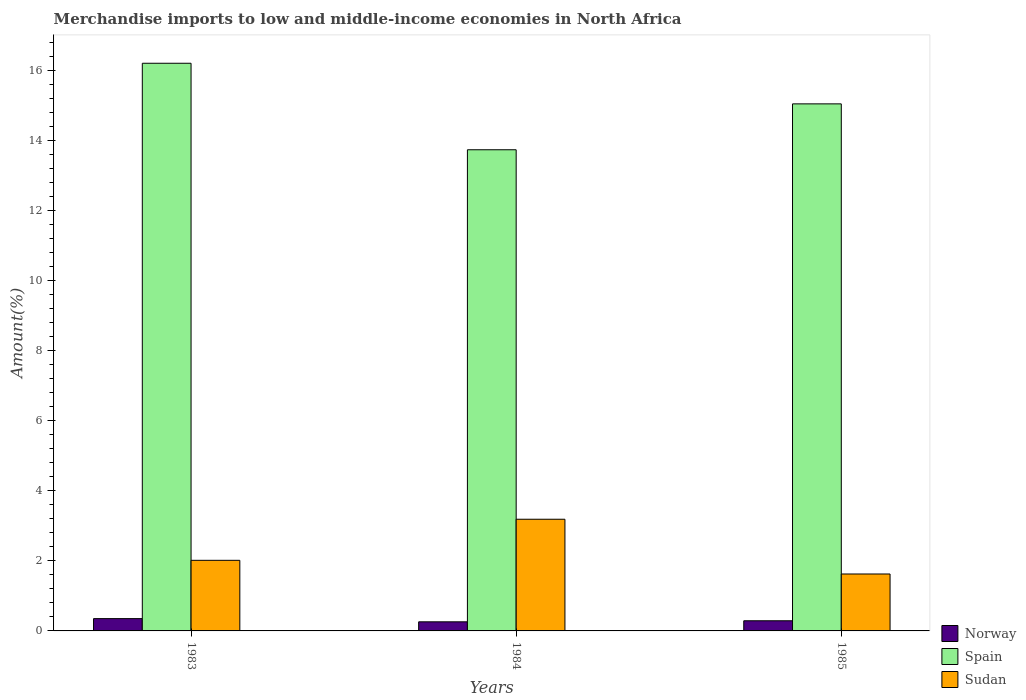
| Years | Norway | Spain | Sudan |
 | --- | --- | --- | --- |
 | 1983 | 0.351 | 16.2 | 2.01 |
 | 1984 | 0.26 | 13.7 | 3.19 |
 | 1985 | 0.289 | 15 | 1.62 |